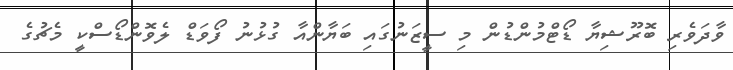
ވާދަވެރި ބޮރޫޝިޔާ ޑޯޓްމުންޑުން މި ސީޒަނުގައި ބަޔާންއާ ގުޅުނު ފޯވަޑް ލެވޮންޑޯސްކީ މެޗުގެ